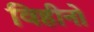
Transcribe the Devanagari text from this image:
विहीनो